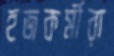
হজকর্মীরা